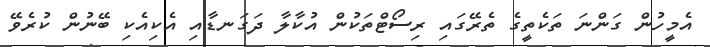
އެމީހުން ގަންނަ ތަކެތީގެ ތެރޭގައި ރިސޯޓްތަކުން އުކާލާ ދަގަނޑާއި އެކިއެކި ބޭނުން ކުރެވޭ